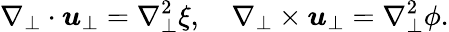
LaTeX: \nabla_{\perp}\cdot\boldsymbol{u}_{\perp}=\nabla_{\perp}^{2}\xi,\quad\nabla_{\perp}\times\boldsymbol{u}_{\perp}=\nabla_{\perp}^{2}\phi.